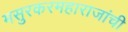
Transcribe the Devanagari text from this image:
मसुरकरमहाराजांची